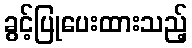
ခွင့်ပြုပေးထားသည့်